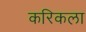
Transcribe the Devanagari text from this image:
करिकला